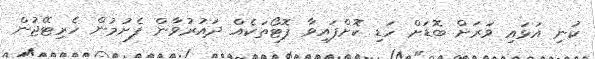
ކުނި އަޅައި ވަރަށް ބޮޑަށް ހަޑި ކޮށްފައިވާ ފޮޓޯތަކެއް ދައުރުވާން ފެށުމުން ހެރިޓޭޖުން